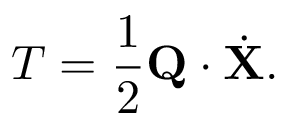
T = \frac { 1 } { 2 } { \bf Q } \cdot { \dot { \bf X } } .